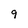
Character: 9